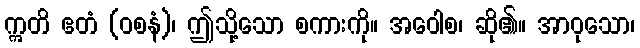
ဣတိ ဧတံ (ဝစနံ)၊ ဤသို့သော စကားကို။ အဝေါစ၊ ဆို၏။ အာဝုသော၊